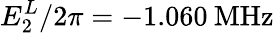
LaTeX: E_{2}^{L}/2\pi=-1.060\: \mathrm{MHz}